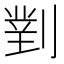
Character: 𭄈